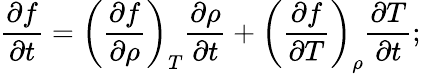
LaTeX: \frac{\partial f}{\partial t}=\left(\frac{\partial f}{\partial\rho}\right)_{T}\frac{\partial\rho}{\partial t}+\left(\frac{\partial f}{\partial T}\right)_{\rho}\frac{\partial T}{\partial t};